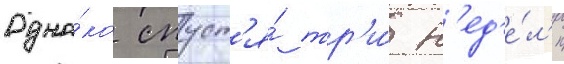
Одна́ко спуст'я́ тр'и́ н'ед'е́л'и